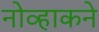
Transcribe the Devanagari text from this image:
नोव्हाकने